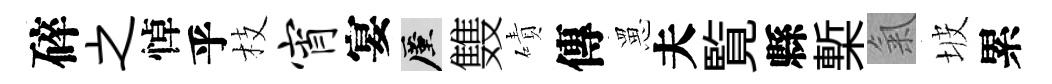
碎之悼乎枝宵宴厪䨇磧傳罳夫覧縣槧氣坡累